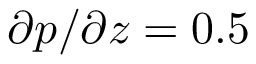
\partial p / \partial z = 0 . 5